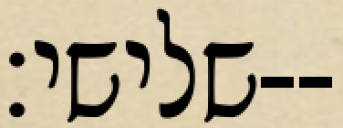
שלישי׃--